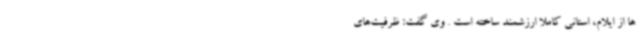
ها از ایلام، استانی کاملاً ارزشمند ساخته است . وی گفت: ظرفیت‌های